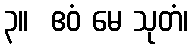
၃။  ဧဝံ မေ သုတံ၊